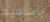
باسادينا